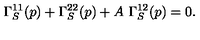
\Gamma _ { S } ^ { 1 1 } ( p ) + \Gamma _ { S } ^ { 2 2 } ( p ) + A \ \Gamma _ { S } ^ { 1 2 } ( p ) = 0 .